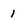
Character: I